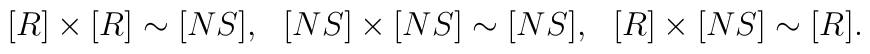
[R]\times[R]\sim [NS], \ \  [NS]\times[NS]\sim [NS],\ \ [R]\times[NS]\sim [R].